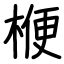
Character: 楩